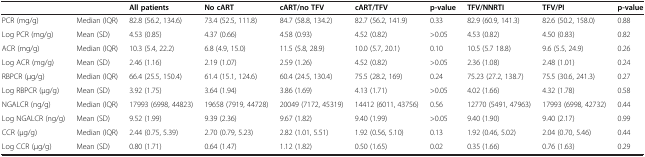
<table><thead><tr><td><b> </b></td><td><b> </b></td><td><b>All patients</b></td><td><b>No cART</b></td><td><b>cART/no TFV</b></td><td><b>cART/TFV</b></td><td><b>p-value</b></td><td><b>TFV/NNRTI</b></td><td><b>TFV/PI</b></td><td><b>p-value</b></td></tr></thead><tbody><tr><td>PCR (mg/g)</td><td>Median (IQR)</td><td>82.8 (56.2, 134.6)</td><td>73.4 (52.5, 111.8)</td><td>84.7 (58.8, 134.2)</td><td>82.7 (56.2, 141.9)</td><td>0.33</td><td>82.9 (60.9, 141.3)</td><td>82.6 (50.2, 158.0)</td><td>0.88</td></tr><tr><td>Log PCR (mg/g)</td><td>Mean (SD)</td><td>4.53 (0.85)</td><td>4.37 (0.66)</td><td>4.58 (0.93)</td><td>4.52 (0.82)</td><td>&gt;0.05</td><td>4.53 (0.82)</td><td>4.50 (0.83)</td><td>0.82</td></tr><tr><td>ACR (mg/g)</td><td>Median (IQR)</td><td>10.3 (5.4, 22.2)</td><td>6.8 (4.9, 15.0)</td><td>11.5 (5.8, 28.9)</td><td>10.0 (5.7, 20.1)</td><td>0.10</td><td>10.5 (5.7 18.8)</td><td>9.6 (5.5, 24.9)</td><td>0.26</td></tr><tr><td>Log ACR (mg/g)</td><td>Mean (SD)</td><td>2.46 (1.16)</td><td>2.19 (1.07)</td><td>2.59 (1.26)</td><td>4.52 (0.82)</td><td>&gt;0.05</td><td>2.36 (1.08)</td><td>2.48 (1.01)</td><td>0.24</td></tr><tr><td>RBPCR (μg/g)</td><td>Median (IQR)</td><td>66.4 (25.5, 150.4)</td><td>61.4 (15.1, 124.6)</td><td>60.4 (24.5, 130.4)</td><td>75.5 (28.2, 169)</td><td>0.24</td><td>75.23 (27.2, 138.7)</td><td>75.5 (30.6, 241.3)</td><td>0.27</td></tr><tr><td>Log RBPCR (μg/g)</td><td>Mean (SD)</td><td>3.92 (1.75)</td><td>3.64 (1.94)</td><td>3.86 (1.69)</td><td>4.13 (1.71)</td><td>&gt;0.05</td><td>4.02 (1.66)</td><td>4.32 (1.78)</td><td>0.58</td></tr><tr><td>NGALCR (ng/g)</td><td>Median (IQR)</td><td>17993 (6998, 44823)</td><td>19658 (7919, 44728)</td><td>20049 (7172, 45319)</td><td>14412 (6011, 43756)</td><td>0.56</td><td>12770 (5491, 47963)</td><td>17993 (6998, 42732)</td><td>0.44</td></tr><tr><td>Log NGALCR (ng/g)</td><td>Mean (SD)</td><td>9.52 (1.99)</td><td>9.39 (2.36)</td><td>9.67 (1.82)</td><td>9.40 (1.99)</td><td>&gt;0.05</td><td>9.40 (1.90)</td><td>9.40 (2.17)</td><td>0.99</td></tr><tr><td>CCR (μg/g)</td><td>Median (IQR)</td><td>2.44 (0.75, 5.39)</td><td>2.70 (0.79, 5.23)</td><td>2.82 (1.01, 5.51)</td><td>1.92 (0.56, 5.10)</td><td>0.13</td><td>1.92 (0.46, 5.02)</td><td>2.04 (0.70, 5.46)</td><td>0.44</td></tr><tr><td>Log CCR (μg/g)</td><td>Mean (SD)</td><td>0.80 (1.71)</td><td>0.64 (1.47)</td><td>1.12 (1.82)</td><td>0.50 (1.65)</td><td>0.02</td><td>0.35 (1.66)</td><td>0.76 (1.63)</td><td>0.29</td></tr></tbody></table>